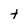
Character: t